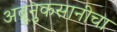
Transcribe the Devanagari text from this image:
अब्रूनुकसानीचा